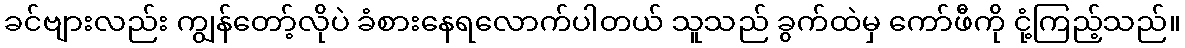
ခင်ဗျားလည်း ကျွန်တော့်လိုပဲ ခံစားနေရလောက်ပါတယ် သူသည် ခွက်ထဲမှ ကော်ဖီကို ငုံ့ကြည့်သည်။